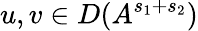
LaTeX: u,v\in D(A^{s_{1}+s_{2}})